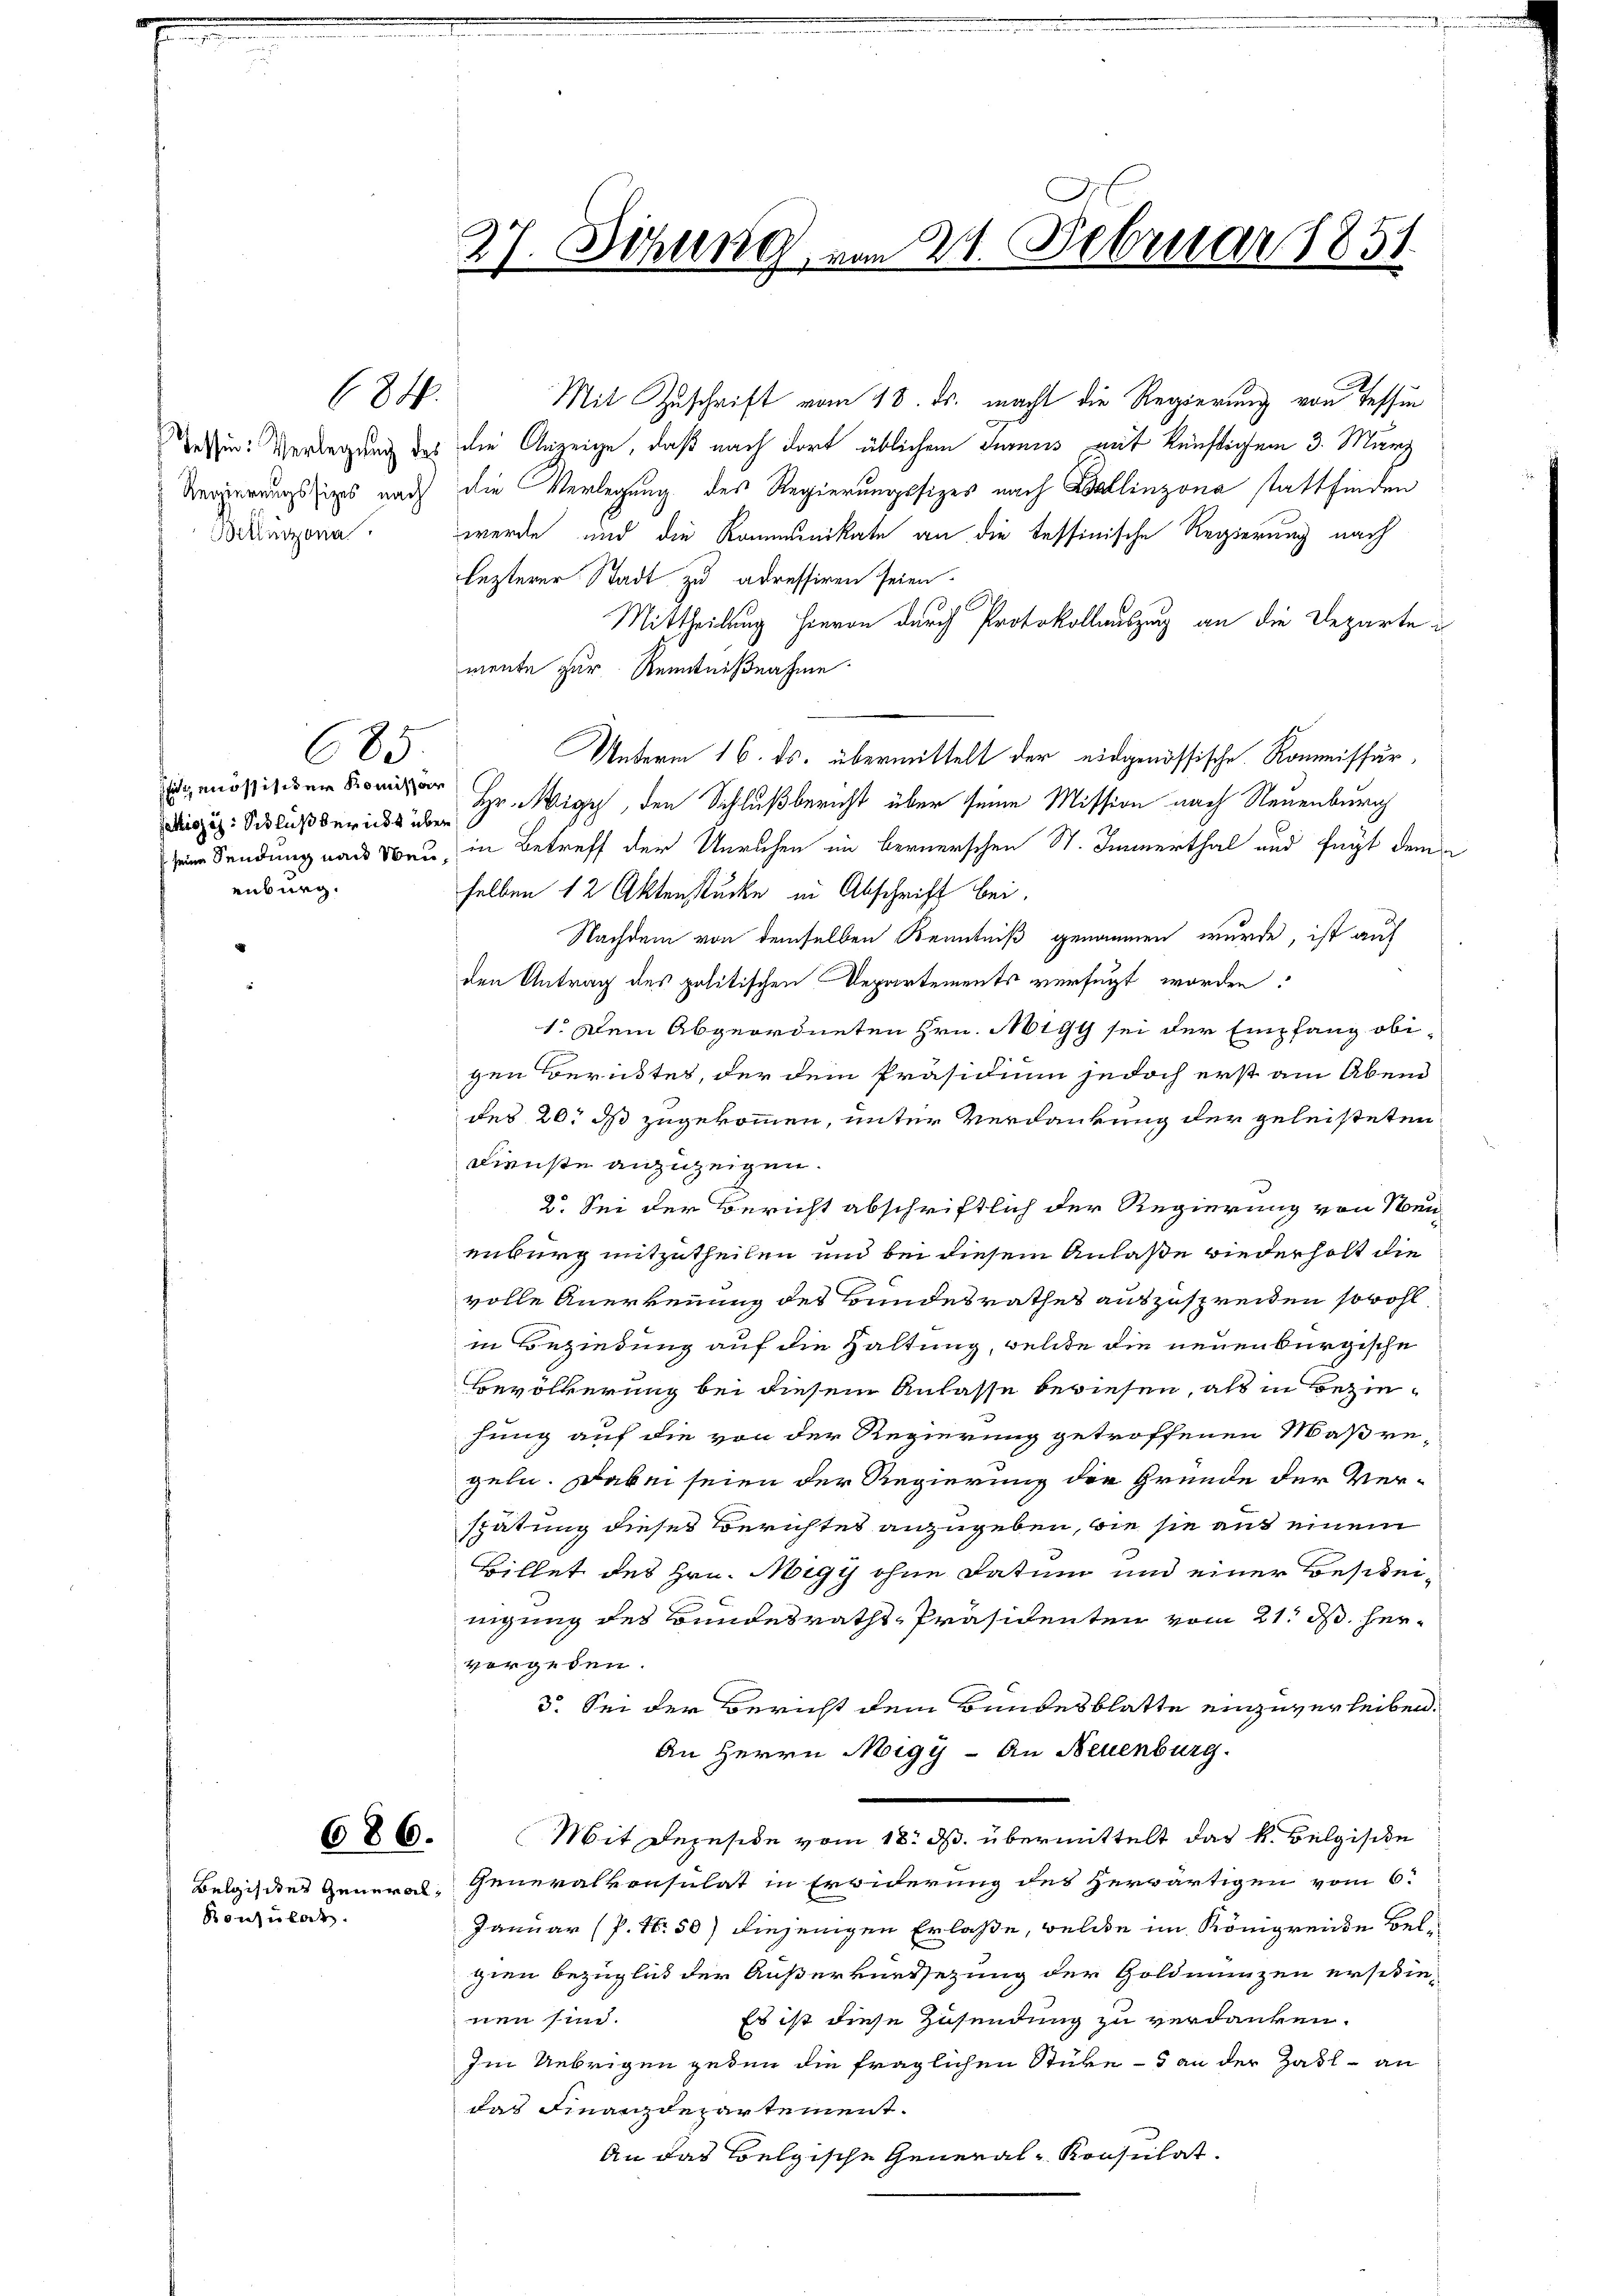
684.

685.

Pallizis: Schluß bericht über
enburg.

686.

Konsulat

27. Sitzung von 21. Februar 1851.

Mit Zuschrift vom 18. ds. macht die Regierung von Tessin
essung: Verlegung des die Anzeige, daß nach dort üblichem Turnus mit künftigem 3. März
Vergerungssips nach die Verlegung des Regierungssitzes nach Bellinzona stattfinden
Bodenzona. werde und die Kommunikate an die tessinische Regierung nach
lezterer Stadt zu adressiren seien.
Mittheilung hievon durch Protokollauszug an die Departe
mente zur Kenntnißnahme
idgenössischen Konser Hr. Wigy, den Schlußbericht über seine Mission nach Neuenburg
seine Sendung nach Neu, in Betreff der Unruhen im bernerschen St. Immerthal und fügt dem
selben 12 Aktenstücke in Abschrift bei.
Nachdem von demselben Kenntniß genommen wurde, ist auf
den Antrag des politischen Departements verfügt worden.
1. Dem Abgeordneten Hrn. Misst sei der Empfang obi-
gen Berichtes, der dem Präsidium jedoch erst am Abend
des 20. ds zugekommen, unter Verdankung der geleisteten
Dienste anzuzeigen.
2. Sei der Bericht abschriftlich der Regierung von Neuenburg mitzutheilen und bei diesem Anlaße wiederholt die
volle Anerkennung des Bundesrathes auszuspreiden sowohl
in Beziehung auf die Haltung, welche die neuenburgische
Bevölkerung bei diesem Anlasse beziehen, als in Beziehung auf die von der Regierung getroffenen Maßregeln. Dabei seien der Regierung die Gründe der Ver-
spätung dieses Berichtes anzugeben, wie sie auf einem
Billet des Hrn. Migy ohne Datum und einer Bescheinigung des Bundesraths-Präsidenten vom 21. ds. hervorgeben.
3. Sei der Bericht dem Bundesblatte einzuverleiben.
An Herrn Migy - An Neuenburg.
Mit Depeside vom 18. ds. übermittelt das k. Belgische
Belgisites General- Generalkonsulat in Erwiderung des herwärtigen vom 6.
Januar (P. Nr. 50) diejenigen Erlaße, welche im Königreide Bel-
zien bezüglich der Äußerverssezung der Goldmünzen erschienen sind.
Es ist diese Zusendung zu verdanken.
Im Uebrigen geden die fraglichen Stüke - 5 an der Zahl - an
das Finanzdepartement.
An das Belgische General-Konsulat

Unterm 16. ds. übermittelt der eidgenössische Kommissär,